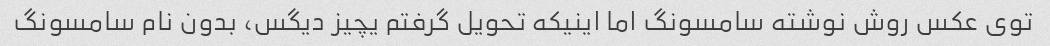
توی عکس روش نوشته سامسونگ اما اینیکه تحویل گرفتم یچیز دیگس، بدون نام سامسونگ